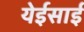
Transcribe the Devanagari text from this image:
येईसाई